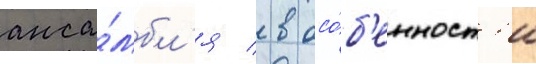
анса́мбл'я / в осо́б'енност'и